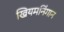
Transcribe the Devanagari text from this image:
खियमनिंगान